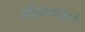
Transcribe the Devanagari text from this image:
सीरध्वजाने